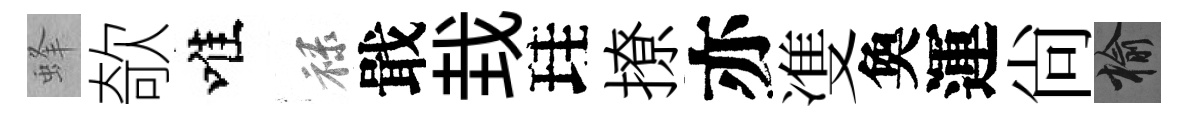
蜂欹唯禄戢㘽珪撩亦㕠奐運尙榆